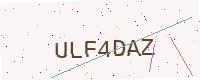
Text: ULF4DAZ